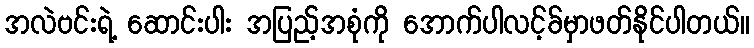
အလဲဗင်းရဲ့ ဆောင်းပါး အပြည့်အစုံကို အောက်ပါလင့်ခ်မှာဖတ်နိုင်ပါတယ်။